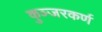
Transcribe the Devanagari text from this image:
कुञ्जरकर्ण